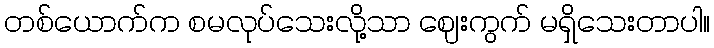
တစ်ယောက်က စမလုပ်သေးလို့သာ ဈေးကွက် မရှိသေးတာပါ။